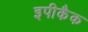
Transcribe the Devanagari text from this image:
इपीकैक